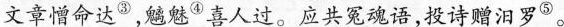
文章憎命达^{③}，魑魅^{④}喜人过。应共冤魂语，投诗赠汨罗^{⑤}。